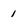
Character: 1